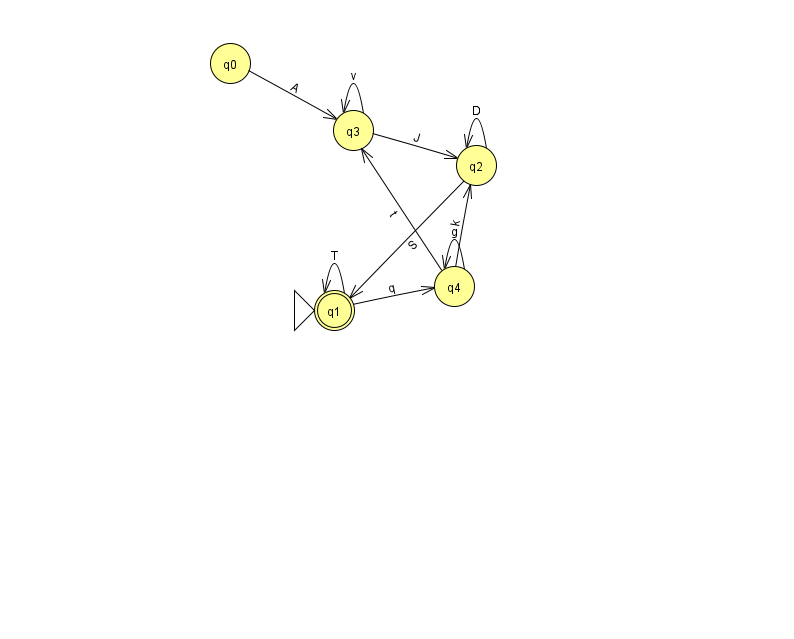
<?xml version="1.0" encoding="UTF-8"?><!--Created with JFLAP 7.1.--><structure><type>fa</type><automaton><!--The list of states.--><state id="0" name="q0"><x>230.0</x><y>50.0</y></state><state id="1" name="q1"><x>334.0</x><y>297.0</y><initial/><final/></state><state id="2" name="q2"><x>476.0</x><y>152.0</y></state><state id="3" name="q3"><x>353.0</x><y>117.0</y></state><state id="4" name="q4"><x>454.0</x><y>273.0</y></state><!--The list of transitions.--><transition><from>3</from><to>2</to><read>J</read></transition><transition><from>4</from><to>2</to><read>k</read></transition><transition><from>1</from><to>1</to><read>T</read></transition><transition><from>2</from><to>2</to><read>D</read></transition><transition><from>3</from><to>3</to><read>v</read></transition><transition><from>1</from><to>4</to><read>q</read></transition><transition><from>4</from><to>3</to><read>t</read></transition><transition><from>4</from><to>4</to><read>g</read></transition><transition><from>0</from><to>3</to><read>A</read></transition><transition><from>2</from><to>1</to><read>S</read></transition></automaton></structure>